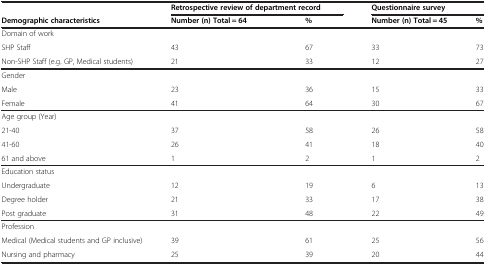
|  | <COLSPAN=2> Retrospective review of department record | <COLSPAN=2> Questionnaire survey |
 | Demographic characteristics | Number (n) Total = 64 | % | Number (n) Total = 45 | % |
 | --- | --- | --- | --- | --- |
 | Domain of work |  |  |  |  |
 | SHP Staff | 43 | 67 | 33 | 73 |
 | Non-SHP Staff (e.g. GP, Medical students) | 21 | 33 | 12 | 27 |
 | Gender |  |  |  |  |
 | Male | 23 | 36 | 15 | 33 |
 | Female | 41 | 64 | 30 | 67 |
 | Age group (Year) |  |  |  |  |
 | 21-40 | 37 | 58 | 26 | 58 |
 | 41-60 | 26 | 41 | 18 | 40 |
 | 61 and above | 1 | 2 | 1 | 2 |
 | Education status |  |  |  |  |
 | Undergraduate | 12 | 19 | 6 | 13 |
 | Degree holder | 21 | 33 | 17 | 38 |
 | Post graduate | 31 | 48 | 22 | 49 |
 | Profession |  |  |  |  |
 | Medical (Medical students and GP inclusive) | 39 | 61 | 25 | 56 |
 | Nursing and pharmacy | 25 | 39 | 20 | 44 |